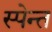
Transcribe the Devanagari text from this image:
स्पेन्त